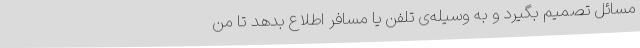
مسائل‌ تصمیم‌ بگیرد و به‌ وسیله‌ی‌ تلفن‌ یا مسافر اطلاع‌ بدهد تا من‌